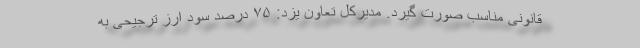
قانونی مناسب صورت گیرد. مدیرکل تعاون یزد: ۷۵ درصد سود ارز ترجیحی به